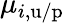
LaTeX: \mu_{i,\mathrm{u/p}}